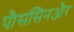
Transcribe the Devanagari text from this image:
पौससिनऔर